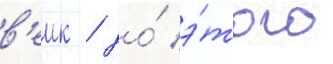
в'еик / до́ э́того